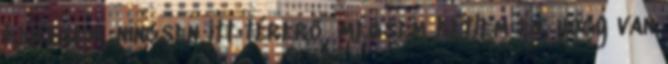
keresem, nincsen itt térerő, mégsem kétlem én, hogy van